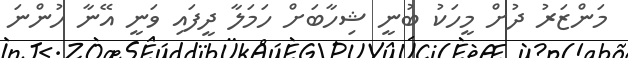
މަންޒަރު ދުށް މީހަކު ބުނީ ޝިހާބަށް ހަމަލާ ދީފައި ވަނީ އޭނާ ހުންނަ